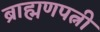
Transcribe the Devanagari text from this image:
ब्राह्मणपत्नी